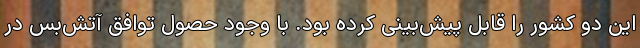
این دو کشور را قابل پیش‌بینی کرده بود. با وجود حصول توافق آتش‌بس در